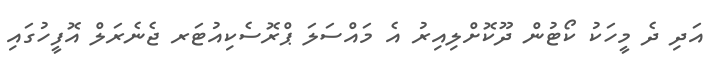
އަދި ދެ މީހަކު ކޯޓުން ދޫކޮށްލިއިރު އެ މައްސަލަ ޕްރޮސެކިއުޓަރ ޖެނެރަލް އޮފީހުގައި